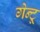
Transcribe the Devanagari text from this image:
गेन्टू